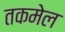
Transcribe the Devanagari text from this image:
तकमेल